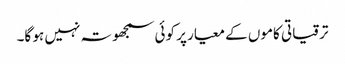
ترقیاتی کاموں کے معیار پر کوئی سمجھوتہ نہیں ہو گا۔